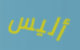
أليس